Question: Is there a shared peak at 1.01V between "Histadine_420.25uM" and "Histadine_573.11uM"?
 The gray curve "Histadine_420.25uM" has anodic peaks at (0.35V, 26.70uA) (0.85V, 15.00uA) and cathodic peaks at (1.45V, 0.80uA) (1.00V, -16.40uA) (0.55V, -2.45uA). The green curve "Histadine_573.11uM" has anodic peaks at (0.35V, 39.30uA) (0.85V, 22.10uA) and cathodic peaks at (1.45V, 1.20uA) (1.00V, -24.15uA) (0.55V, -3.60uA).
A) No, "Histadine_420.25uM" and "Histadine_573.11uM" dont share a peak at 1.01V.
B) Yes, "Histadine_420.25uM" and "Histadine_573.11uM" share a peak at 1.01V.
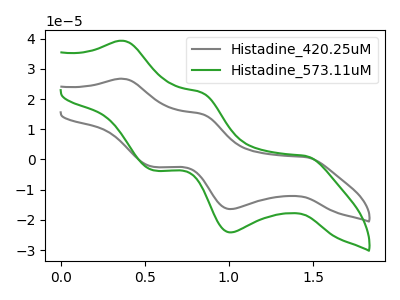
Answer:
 <answer>B) Yes, "Histadine_420.25uM" and "Histadine_573.11uM" share a peak at 1.01V.</answer>
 <eval>B</eval>